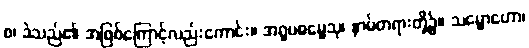
စ၊ ခဲသည်၏ အဖြစ်ကြောင့်လည်းကောင်း။ အရူပဓမ္မေသု၊ နာမ်တရားတို့၌။ သမ္မောဟော၊